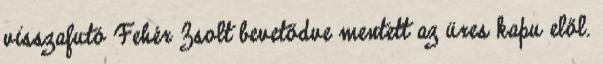
visszafutó Fehér Zsolt bevetődve mentett az üres kapu elől.